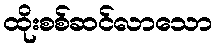
ထိုးစစ်ဆင်လာသော